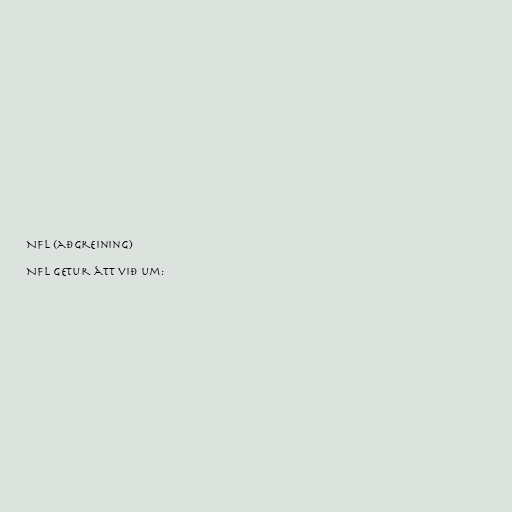
NFL (aðgreining)

NFL getur átt við um: